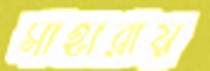
সাহারায়